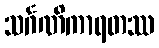
သင်္ဂဏိကာရတဿ